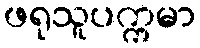
ဖရုသူပက္ကမာ